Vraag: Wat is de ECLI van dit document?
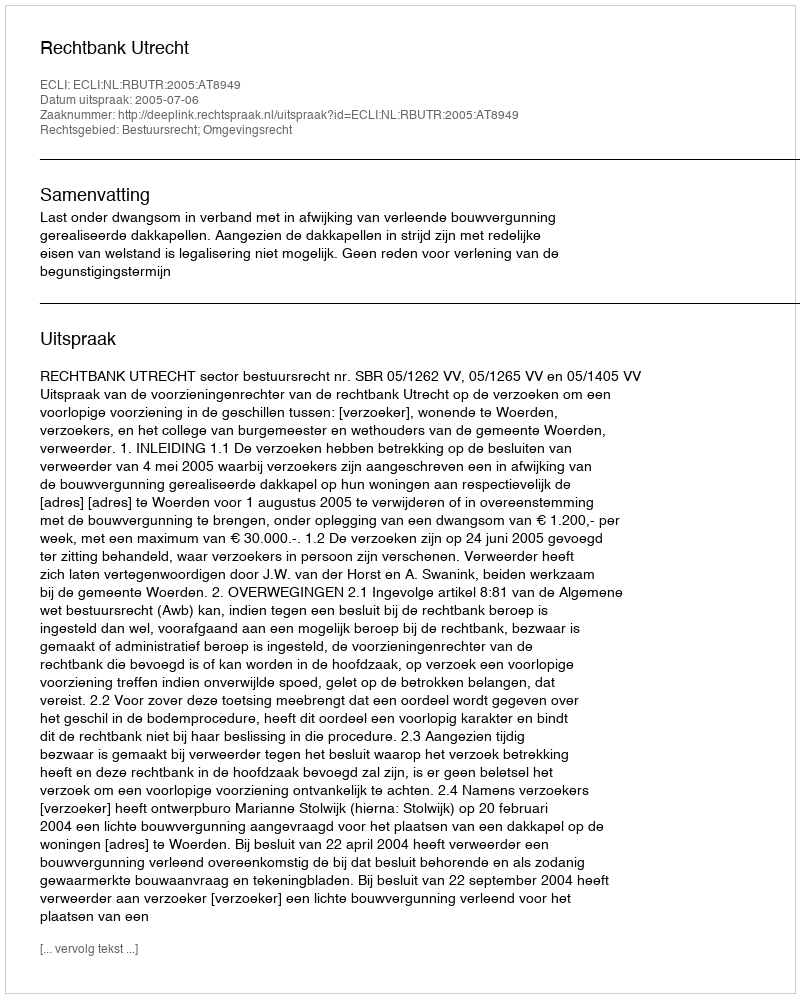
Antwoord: ECLI:NL:RBUTR:2005:AT8949